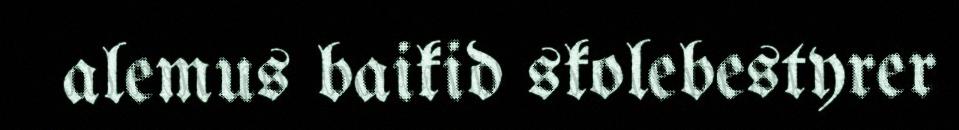
alemus baikid skolebestyrer